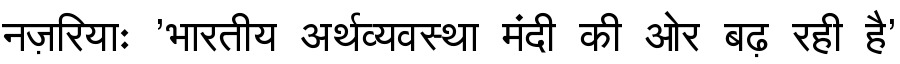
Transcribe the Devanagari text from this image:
नज़रियाः 'भारतीय अर्थव्यवस्था मंदी की ओर बढ़ रही है'